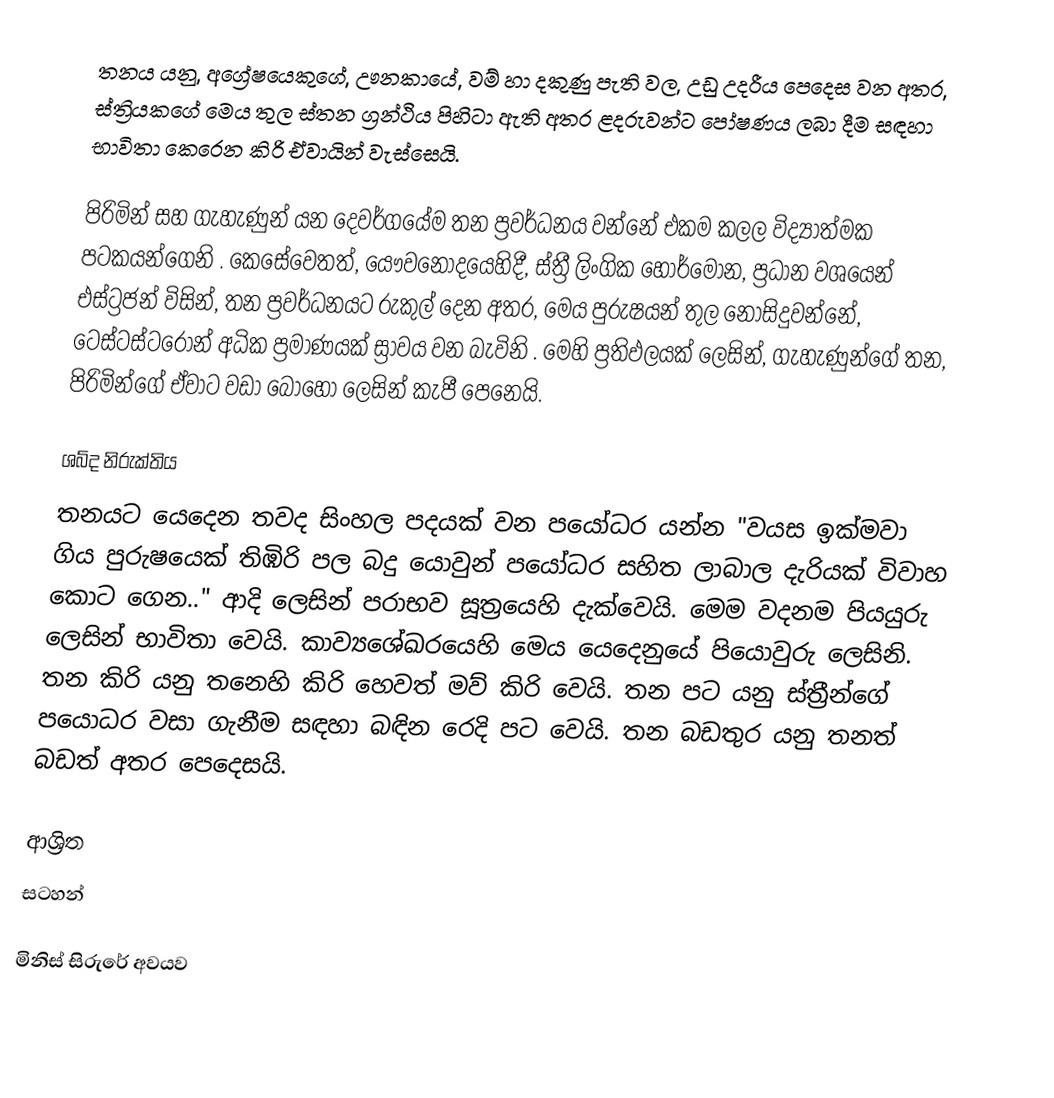
තනය යනු,  අග්‍රේෂයෙකුගේ, ඌනකායේ, වම් හා දකුණු පැති වල, උඩු උදරීය පෙදෙස වන අතර, ස්ත්‍රියකගේ මෙය තුල ස්තන ග්‍රන්ථිය පිහිටා ඇති අතර ළදරුවන්ට පෝෂණය ලබා දීම සඳහා භාවිතා කෙරෙන කිරි  ඒවායින් වැස්සෙයි.

පිරිමින් සහ ගැහැණුන් යන දෙවර්ගයේම තන ප්‍රවර්ධනය වන්නේ එකම කලල විද්‍යාත්මක පටකයන්ගෙනි . කෙසේවෙතත්, යෞවනෝදයෙහිදී, ස්ත්‍රී ලිංගික හෝර්මෝන, ප්‍රධාන වශයෙන් එස්ට්‍රජන් විසින්, තන ප්‍රවර්ධනයට රුකුල් දෙන අතර, මෙය පුරුෂයන් තුල නොසිදුවන්නේ, ටෙස්ටස්ටරෝන් අධික ප්‍රමාණයක් ස්‍රාවය වන බැවිනි . මෙහි ප්‍රතිඵලයක් ලෙසින්, ගැහැණුන්ගේ තන, පිරිමින්ගේ ඒවාට වඩා බොහෝ ලෙසින් කැපී පෙනෙයි.

ශබ්ද නිරුක්තිය
තනයට යෙදෙන තවද සිංහල පදයක් වන පයෝධර යන්න "වයස ඉක්මවා ගිය පුරුෂයෙක් තිඹිරි පල බදු යොවුන් පයෝධර සහිත ලාබාල දැරියක් විවාහ කොට ගෙන.." ආදි ලෙසින් පරාභව සූත්‍රයෙහි දැක්වෙයි. මෙම වදනම පියයුරු ලෙසින් භාවිතා වෙයි. කාව්‍යශේඛරයෙහි මෙය යෙදෙනුයේ පියොවුරු ලෙසිනි. තන කිරි යනු තනෙහි කිරි හෙවත් මව් කිරි වෙයි. තන පට යනු ස්ත්‍රීන්ගේ පයොධර වසා ගැනීම සඳහා බඳින රෙදි පට වෙයි. තන බඩතුර යනු තනත් බඩත් අතර පෙදෙසයි.

ආශ්‍රිත
සටහන්

මිනිස් සිරුරේ අවයව